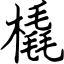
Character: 橇